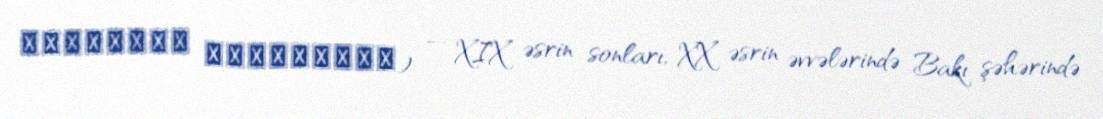
Մայիլյան եղբայրներ) — XIX əsrin sonları, XX əsrin əvvələrində Bakı şəhərində